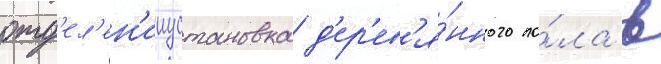
отд'ел'ен'ииустановка д'ер'ев'я́нного по́ла в